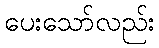
ပေးသော်လည်း